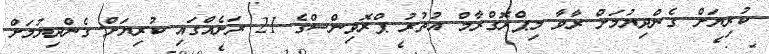
ކުރިޔަށް ގެންދިޔުމަށް ރާވާ މިޕްރޮގްރާމް އުތުރު ޕްރޮވިންސްގެ 21 ރަށެއްގައި ކުރިޔަށް ގެންދިޔުމަށް